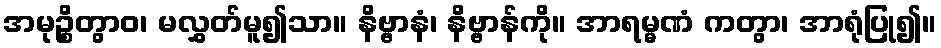
အမုဉ္စိတွာဝ၊ မလွှတ်မူ၍သာ။ နိဗ္ဗာနံ၊ နိဗ္ဗာန်ကို။ အာရမ္မဏံ ကတွာ၊ အာရုံပြု၍။